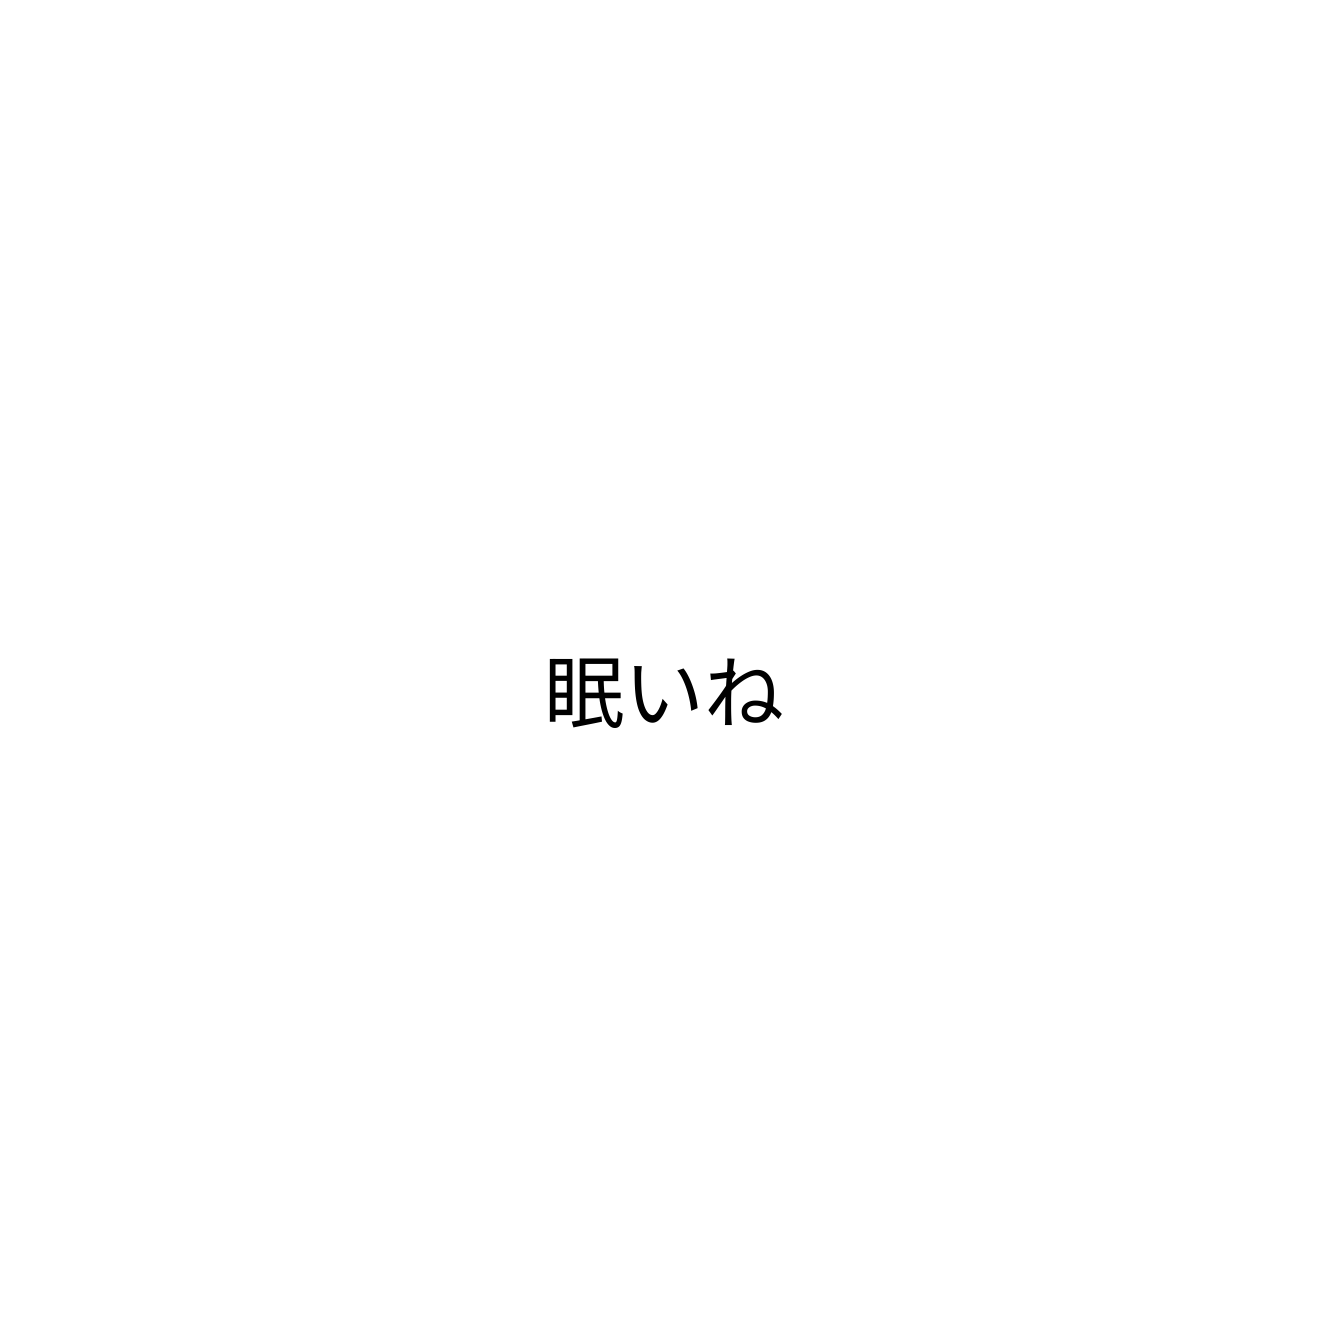
眠いね